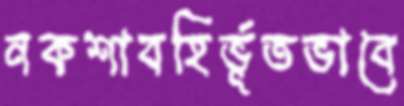
নকশাবহির্ভূতভাবে